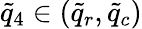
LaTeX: \tilde{q}_{4}\in(\tilde{q}_{r},\tilde{q}_{c})